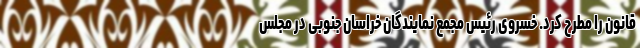
قانون را مطرح کرد. خسروی رئیس مجمع نمایندگان خراسان جنوبی در مجلس